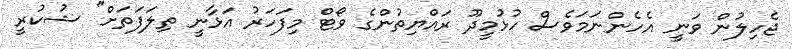
ޖެހިލުން ވަނީ އެހެންނަމަވެސް ހުޅުމީދޫ ރައްޔިތުންގެ ވޯޓް މިފަހަރު އަޅާނީ ތިލަފަތަށް" ޝުކުރީ